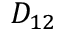
D _ { 1 2 }